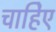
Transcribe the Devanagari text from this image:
चाहिेए